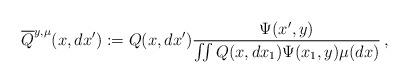
LaTeX: \begin{align*}\overline Q^{y, \mu} (x,dx') :=Q(x,dx') \frac{\Psi(x',y)}{\iint Q(x,dx_1) \Psi(x_1,y) \mu(dx)}\, ,\end{align*}